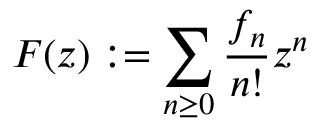
F ( z ) : = \sum _ { n \geq 0 } { \frac { f _ { n } } { n ! } } z ^ { n }